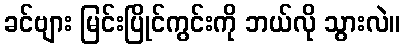
ခင်ဗျား မြင်းပြိုင်ကွင်းကို ဘယ်လို သွားလဲ။